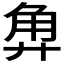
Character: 𰴡